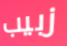
زبيب